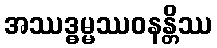
အဿဒ္ဓမ္မဿဝနန္တိဿ